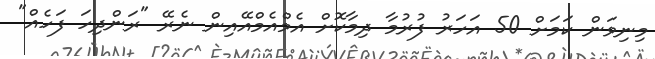
މިނިވަން ކަމަށް 50 އަހަރު ފުރުމާ ދިމާކޮށް އެމްއެމްއޭއިން ނެރޭ "ރަންދިހަ ފަހެއް"